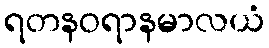
ရတနဝရာနမာလယံ